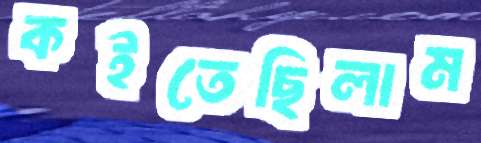
কইতেছিলাম